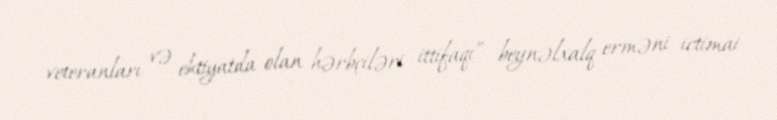
veteranları və ehtiyatda olan hərbçiləri ittifaqı” beynəlxalq erməni ictimai